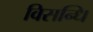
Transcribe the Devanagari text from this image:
विसन्धि